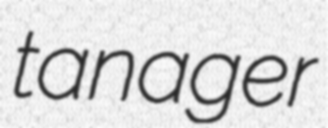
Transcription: tanager